Civil Veterinary Dept. Bombay admin report 1932-41 - 1932-1941
Year: 1932
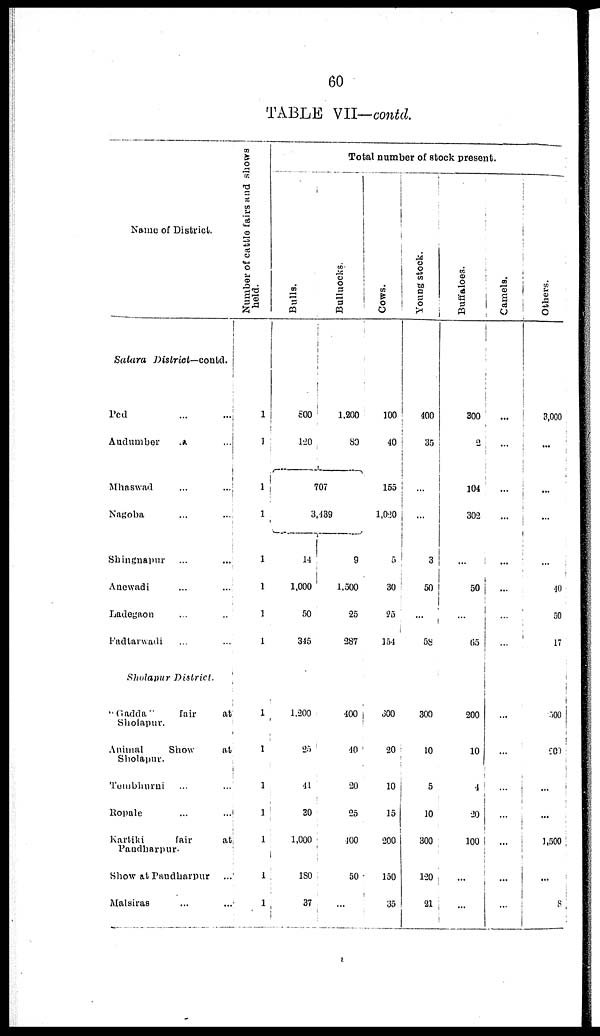
60
TABLE VII—contd.
Name of District.
Satara
District—contd.
Ped
...
...
Audumber ... ...
Mhaswad
...
...
Nagoba ... ...
Shingnapur ... ...
Anewadi ... ...
Ladegaon ... ...
Fadtarwadi ... ...
Sholapur
District.
"Gadda"
fair
at
Sholapur.
Animal
Show
at
Sholapur.
Tembhuni ... ...
Ropale ... ...
Kartiki
fair
at
Pandharpur.
Show at Pandharpur ...
Malsiras ... ...
Number of cattle fairs and shows
held.
1
1
1
1
1
1
1
1
1
1
1
1
1
1
1
Total number of stock present.
Bulls.
800
120
Bulluocks.
1,200
80
707
3,439
14
1,000
50
345
1,200
25
41
30
1,000
180
37
9
1,500
25
287
400
40
20
25
400
50
...
Cows.
100
40
155
1,020
5
30
25
154
300
20
10
15
200
150
35
Young stock.
400
35
...
...
3
50
...
58
300
10
5
10
300
120
21
Buffaloes.
300
2
104
302
...
50
...
65
200
10
4
20
100
...
...
Camels.
...
...
...
...
...
...
...
...
...
...
...
...
...
...
Others.
3,000
...
...
...
...
40
50
17
500
200
...
...
1,500
...
8